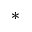
*